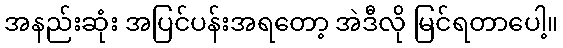
အနည်းဆုံး အပြင်ပန်းအရတော့ အဲဒီလို မြင်ရတာပေါ့။